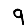
Digit: 9